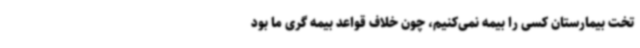
تخت بیمارستان کسی را بیمه نمی‌کنیم، چون خلاف قواعد بیمه گری ما بود